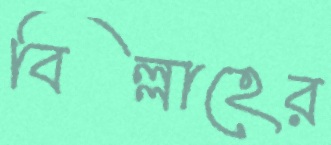
বিল্লাহের